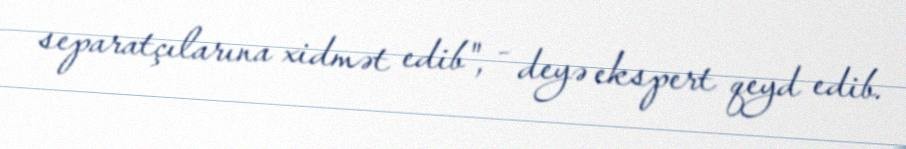
separatçılarına xidmət edib", - deyə ekspert qeyd edib.